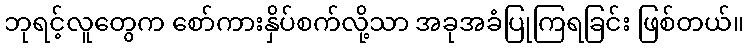
ဘုရင့်လူတွေက စော်ကားနှိပ်စက်လို့သာ အခုအခံပြုကြရခြင်း ဖြစ်တယ်။